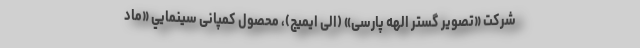
شرکت «تصویر گستر الهه پارسی» (الی ایمیج)، محصول کمپانی سینمایي «ماد